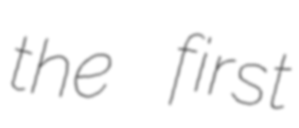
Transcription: the first